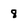
Character: 8